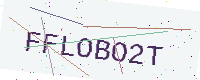
Text: FFLOBO2T